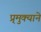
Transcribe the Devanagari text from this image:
प्र्मुक्याने